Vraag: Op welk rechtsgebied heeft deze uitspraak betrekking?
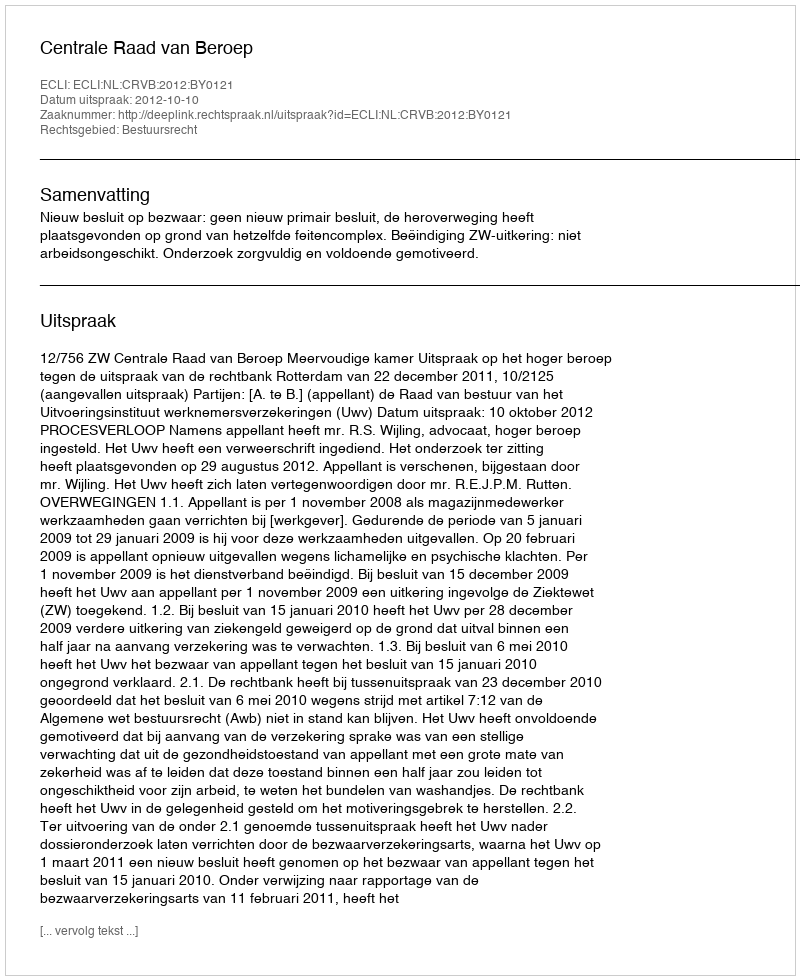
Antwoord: Bestuursrecht